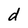
Character: d